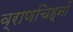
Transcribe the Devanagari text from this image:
व्राणचिह्नों